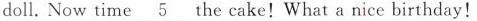
doll.Now time \underline{5} the cake! What a nice birthday!